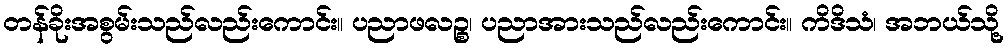
တန်ခိုးအစွမ်းသည်လည်းကောင်း။ ပညာဖလဉ္စ၊ ပညာအားသည်လည်းကောင်း။ ကိဒိသံ၊ အဘယ်သို့